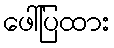
ဖေါ်ပြထား